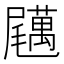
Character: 𡳱